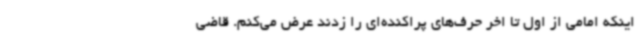
اینکه امامی از اول تا اخر حرف‌های پراکنده‌ای را زدند عرض می‌کنم. قاضی